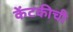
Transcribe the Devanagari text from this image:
केंटकीची